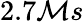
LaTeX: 2.7\mathcal{M}s